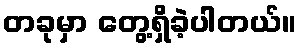
တခုမှာ တွေ့ရှိခဲ့ပါတယ်။